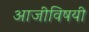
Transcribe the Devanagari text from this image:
आजीविषयी